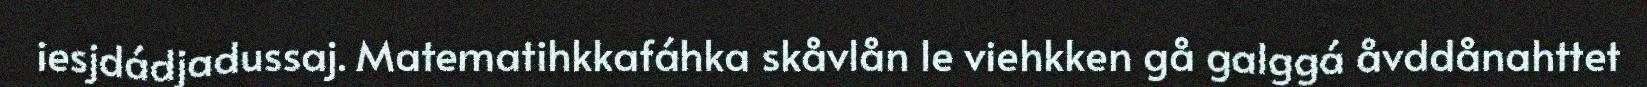
iesjdádjadussaj. Matematihkkafáhka skåvlån le viehkken gå galggá åvddånahttet